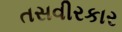
તસવીરકાર